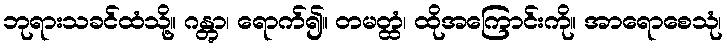
ဘုရားသခင်ထံသို့။ ဂန္တွာ၊ ရောက်၍။ တမတ္ထံ၊ ထိုအကြောင်းကို။ အာရောစေသုံ၊